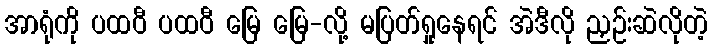
အာရုံကို ပထဝီ ပထဝီ မြေ မြေ-လို့ မပြတ်ရှုနေရင် အဲဒီလို ညှဉ်းဆဲလိုတဲ့